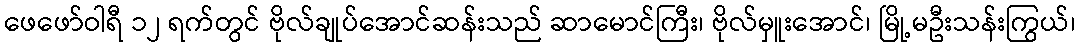
ဖေဖော်ဝါရီ ၁၂ ရက်တွင် ဗိုလ်ချုပ်အောင်ဆန်းသည် ဆာမောင်ကြီး၊ ဗိုလ်မှူးအောင်၊ မြို့မဦးသန်းကြွယ်၊